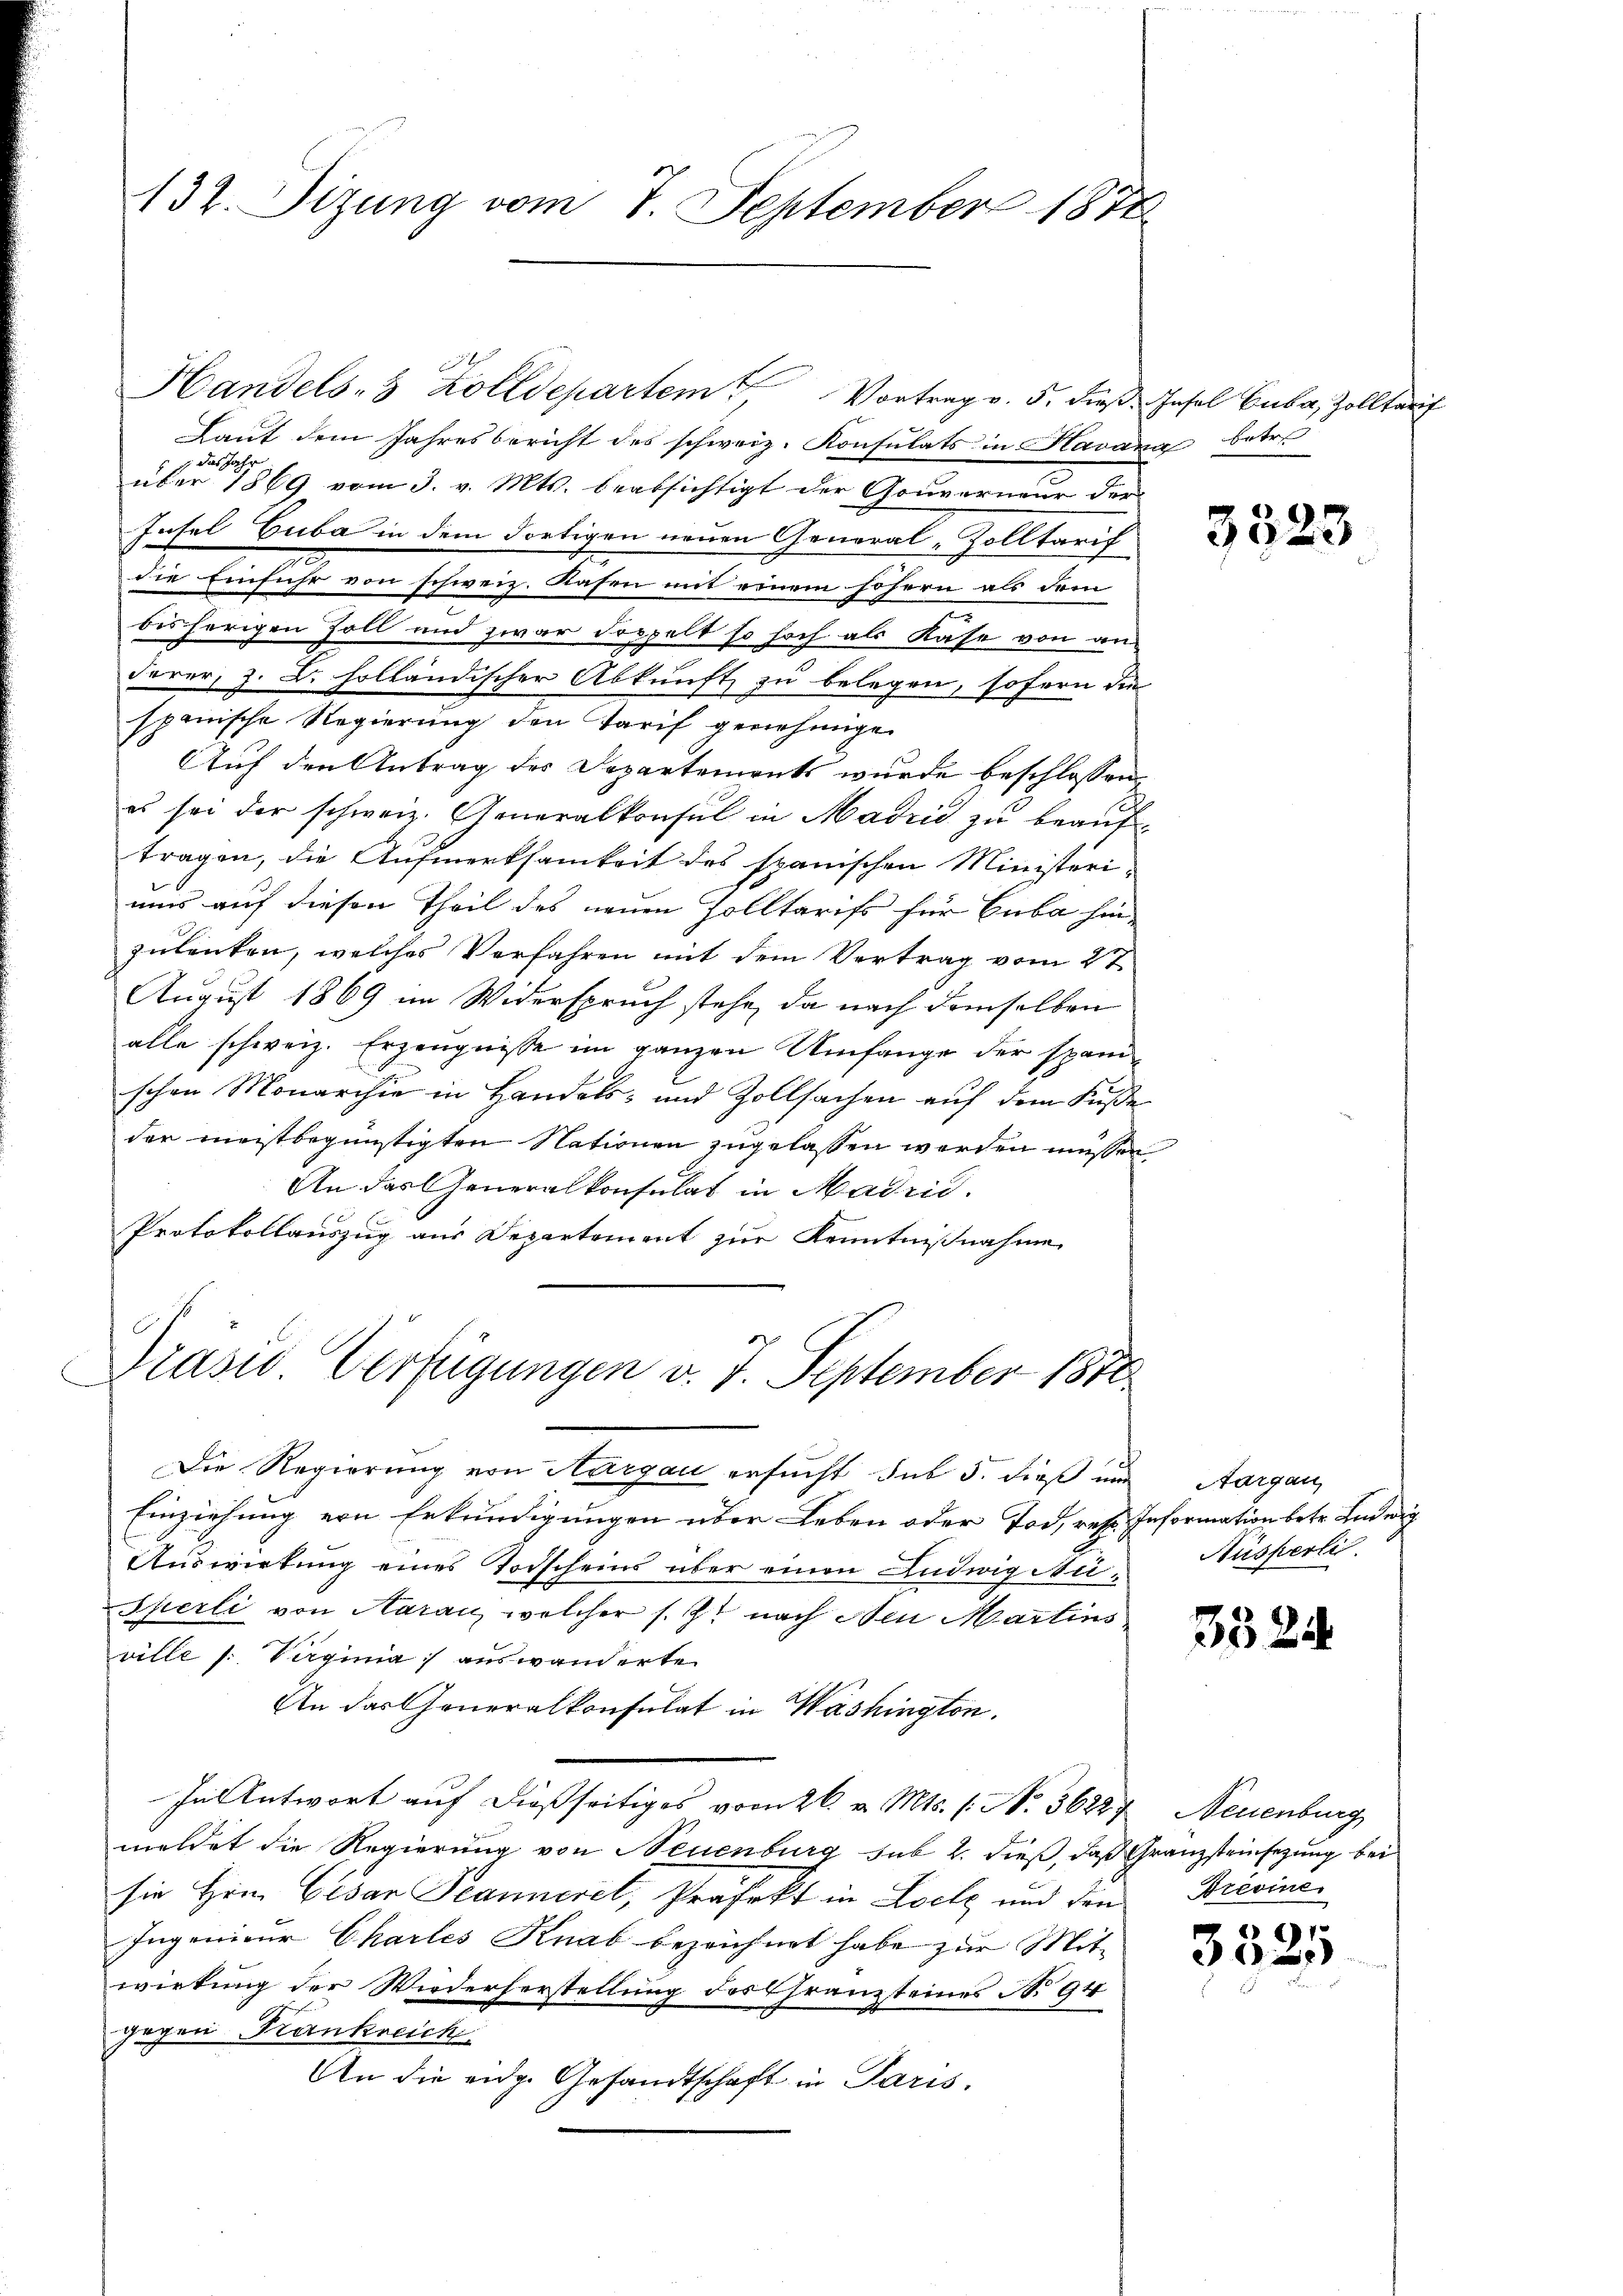
132. Sizung vom 7. September 1872

1
Laut dem Jahresbericht des schweiz. Konsulats in Havana betre
das Jahr
über 1869 vom 3. v. Mts. beabsichtigt der Gouverneur der
Insel Guba in dem dortigen neuen General-Zolltarif
die Einführ von schweiz. Rasen mit einem sofern als dem
bisherigen Zoll und zwar doppelt so hoch als Kase von an
derer, z. B. holländischer Abkunft zu belegen, sofern die
spanische Regierung den Tarif genehmigen
Auf den Antrag der Departements wurde beschlossen,
es sei der schweiz. Generalkonsul in Madrić zu beauftragen, die Aufmerksamkeit des spanischen Ministeri-
ums auf diesen Theil des neuen Zolltarifs für Cuba hin-
zulenken, welches Verfahren mit dem Vertrag vom 27.
August 1869 im Widerspruch stehe, da nach demselben
alle schweiz. Erzeugnisse im ganzen Umfange der spanischen Monarchie in Handels- und Zollsachen auf dem Fuße
der meistbegünstigten Nationen zugelassen werden müssen,
An das Generalkonsulat in Madrid.
Protokollauszug aus Departement zur Kenntnißnahme
Prasis Verfügungen v. 7. September 1870
Die Regierung von Aargau ersucht sub 5. dieß und Aargau,
Einziehung von Erkundigungen über Leben oder Tod, rest. Information betr. Ludwig
Auswirkung eines Todscheins über einen Ludwig Au¬
Sperli von Aarau, welcher s. Z. nach den Martins
ville (: Vergina auswanderte
An das Generalkonsulat in Washington.
In Antwort auf dießseitiges vom 26. v. Mts. 1. No. 36227, Neuenburg
meldet die Regierung von Neuenburg sub 2. dieß, daß Granzsteinsezung bei
sie Herrn Cesar Jeannerel, Präfekt in Loelz und den Brevine
Ingenieur Chartes Knab bezeichnet habe zur Mit-
wirkung der Wiederherstellung des Franzsteines No 94
gegen Krankreich
An die eidg. Gesandtschaft in Paris.

Handels- & Zolldepartem Vortrag v. 5. dieß. Insel Cuba, Zolltarif

n

3523

Ausperli

352.

t

e
302